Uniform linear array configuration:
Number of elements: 4
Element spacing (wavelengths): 1
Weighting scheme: kaiser
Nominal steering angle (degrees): -60
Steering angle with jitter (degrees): -60.005
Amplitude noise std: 0.05
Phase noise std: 0.05

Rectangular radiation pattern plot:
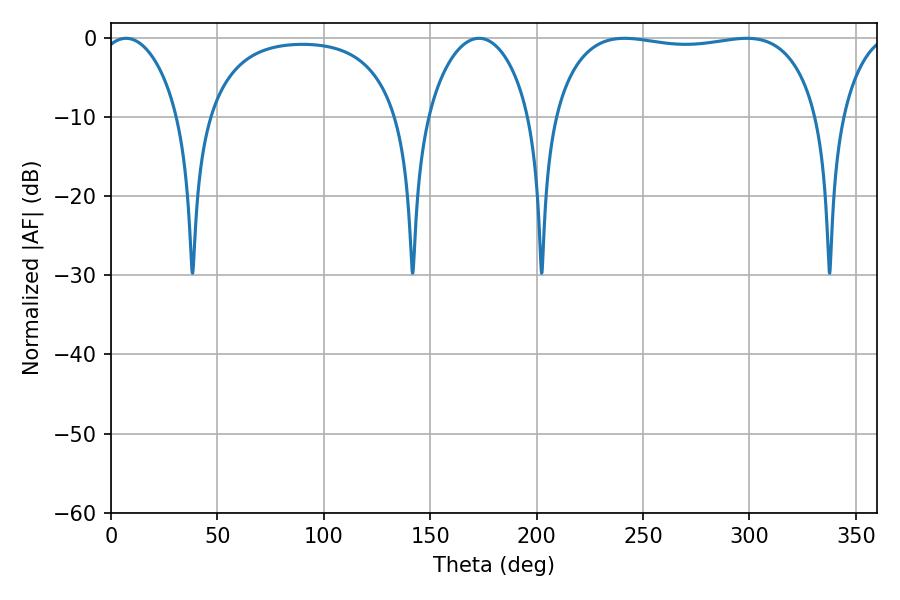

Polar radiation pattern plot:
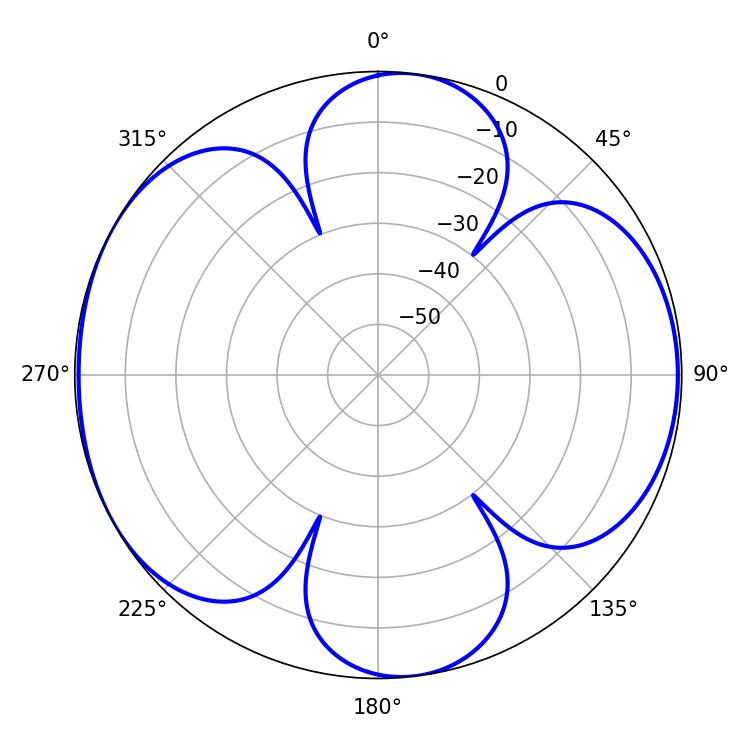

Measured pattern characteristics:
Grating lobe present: TRUE
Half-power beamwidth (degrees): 20.88
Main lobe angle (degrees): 7.02